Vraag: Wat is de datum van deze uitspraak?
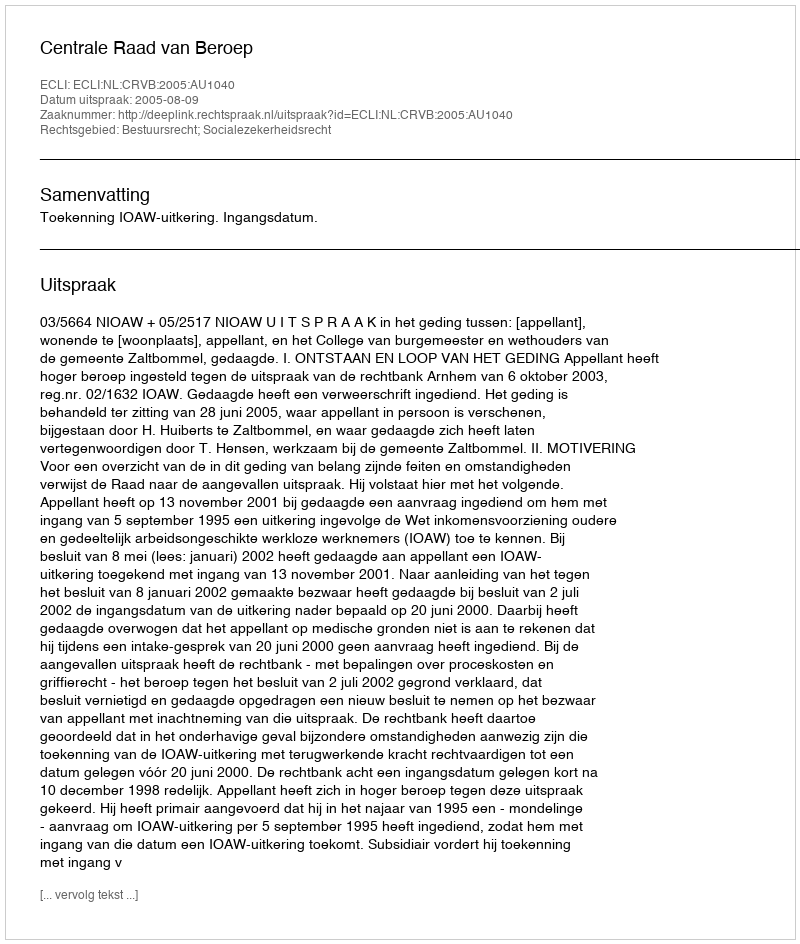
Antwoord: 2005-08-09